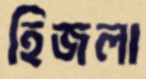
হিজলা